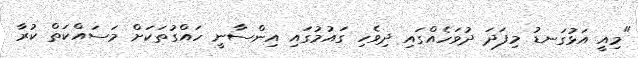
"މިއީ އަޅުގަނޑު މިފަދަ ދުވަހެއްގައި ދިވެހި ގައުމުގައި އިންސާނީ ހައްގުތަކަށް މަސައްކަތް ކުރާ